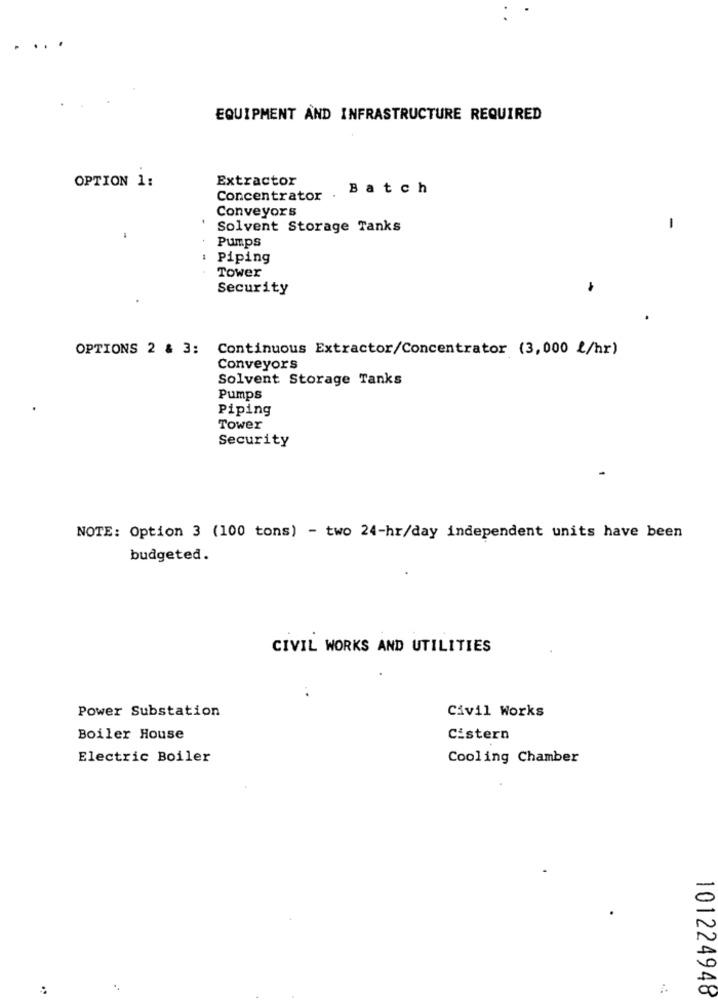
...
EQUIPMENT AND INFRASTRUCTURE REQUIRED
Extractor
OPTION 1:
Batch
Concentrator .
Conveyors
Solvent Storage Tanks
-
.
Pumps
Piping
Tower
Security
OPTIONS 2 & 3: Continuous Extractor/Concentrator (3,000 2/hr)
Conveyors
Solvent Storage Tanks
Pumps
Piping
Tower
Security
NOTE: Option 3 (100 tons) - two 24-hr/day independent units have been
budgeted.
CIVIL WORKS AND UTILITIES
Power Substation
Civil Works
Boiler House
Cistern
Electric Boiler
Cooling Chamber
101224948